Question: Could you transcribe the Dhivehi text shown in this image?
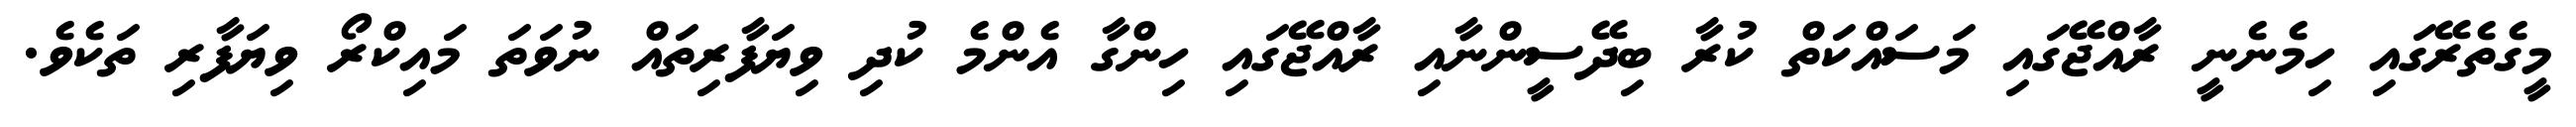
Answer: މީގެތެރޭގައި ހިމެނެނީ ރާއްޖޭގައި މަސައްކަތް ކުރާ ބިދޭސީންނާއި ރާއްޖޭގައި ހިންގާ އެންމެ ކުދި ވިޔަފާރިތައް ނުވަތަ މައިކްރޯ ވިޔަފާރި ތަކެވެ.